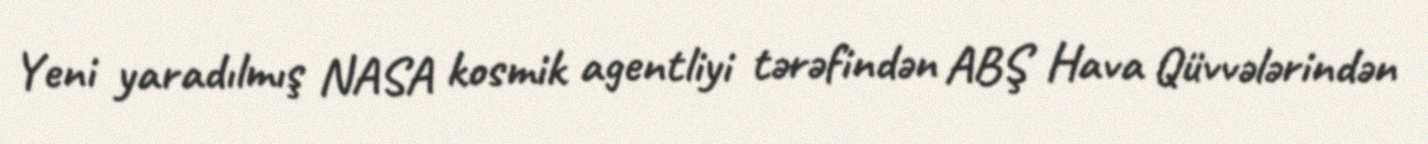
Yeni yaradılmış NASA kosmik agentliyi tərəfindən ABŞ Hava Qüvvələrindən